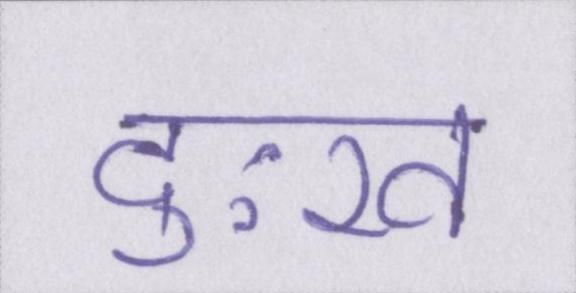
दुःख